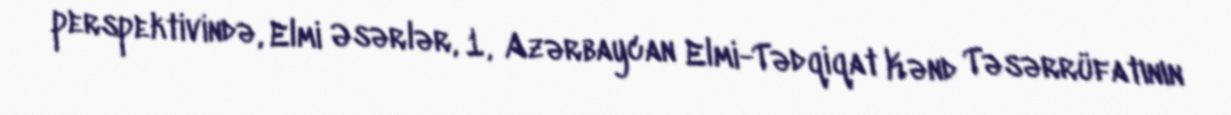
perspektivində, Elmi Əsərlər, 1, Azərbaycan Elmi-Tədqiqat Kənd Təsərrüfatının